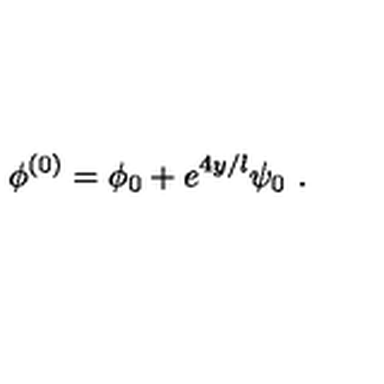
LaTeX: \phi ^ { ( 0 ) } = \phi _ { 0 } + e ^ { 4 y / l } \psi _ { 0 } \ .